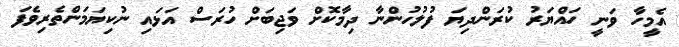
އެމީހާ ވަނީ ހައްޔަރު ކުރަންދިޔަ ފުލުހުންނާ ދިމާކޮށް ވަޖިބަށް ހުރަސް އަޅައި ނުކިޔަމަންތެރިވެފަ